Indian journal of veterinary science and animal husbandry - Volumes 28-29, 1958-1959
Year: 1958
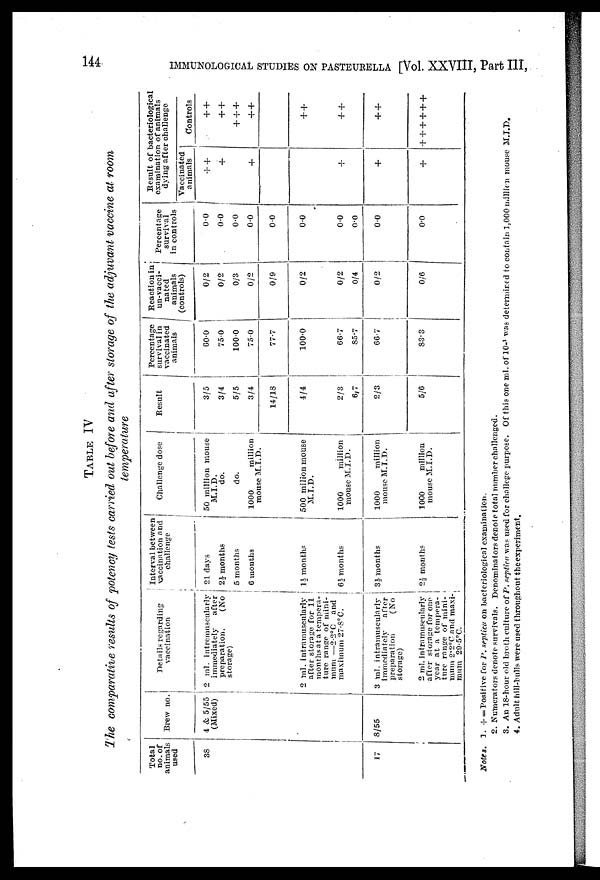
144
IMMUNOLOGICAL STUDIES ON PASTEURELLA [Vol. XXVIII, Part III,
TABLE
IV
The comparative results of potency tests carried out before and after storage of the adjuvant vaccine at room
temperature
Total
no. of
animals
used
38
Brew no.
4 & 5/55
(Mixed)
17
8/55
Details regarding
vaccination
2 ml. intremuscularly
immediately
after
preparation.
(No
storage)
2 ml. intramuscularly
after storage for 11
months at a tempera-
ture range of mini-
mum —2.2° C and
maximum 27.8°C.
3 ml. intramuscularly
immediately
after
preparation
(No
storase)
2 ml. intramuscularly
after storage for one
year at a tempera-
ture range of mini-
mum 2.2°C and maxi-
mum 20.5ºC.
Interval between
vaccination and
challenge
21 days
2½ months
5 months
6 months
1½ months
6½ months
3½ months
2½ months
Challenge dose
50 million mouse
M.I.D.
do.
do.
1000
million
mouse M.I.D.
500 milion mouse
M.I.D.
1000
million
mouse M.I.D.
1000
million
mouse M.I.D.
1000
million
mouse M.I.D.
Result
3/5
3/4
5/5
3/4
14/1S
4/4
2/3
6/7
2/3
5/6
Percentage
survival in
vaccinated
animals
60.0
75.0
1000
75.0
77.7
100.0
66.7
85.7
66.7
33.3
Reaction in
un-vacci-
nated
animals
(controls)
0/2
0/2
0/3
0/2
0/9
0/2
0/2
0/4
0/2
0/6
Percentage
survival
in controls
0.0
0.0
0.0
0.0
0.0
0.0
0.0
0.0
0.0
0.0
Result of bacteriological
examination of animals
dying after challenge
Vaccinated
animals
+ +
+
+
+
+
+
Controls
+ +
+ +
+
+ +
+ +
+ +
+ +
+ +
+ +
+ +
+
Notes. 1. +=Positive for P. septica on bacteriological examination.
2. Numerators denote survivals. Denominators denote total number challenged.
3. An 18-hour old broth culture of P. septica was used for challege purpose. Of this one ml. of 10- 1 was determined to contain 1.000 million mouse M.I.D.
4. Adult hill-bulls were used throughout the experiment.